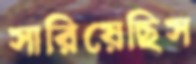
সারিয়েছিস